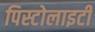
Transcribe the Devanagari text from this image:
पिस्टोलाइटी